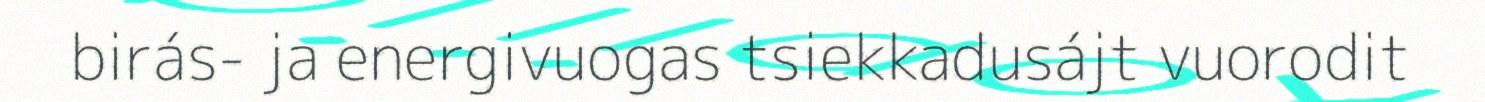
birás- ja energivuogas tsiekkadusájt vuorodit